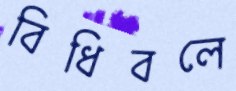
বিধিবলে